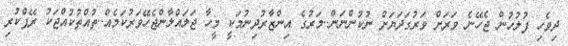
ދިވެހި ފުލުހުން ޖެހޭނެ ވަރަށް ވަރުގަދަޔަށް ނުކުންނަން..މަރުގެ އިންޒާރުދިނުމަކީ މީހާ ޖަލައްލާންޖެހޭވަރުކަމެއް..ތުއްތުކުއްޖަކު ރޭޕްކުރި